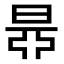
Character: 𣇅